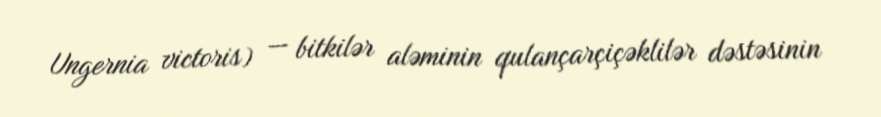
Ungernia victoris) — bitkilər aləminin qulançarçiçəklilər dəstəsinin